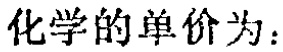
化学的单价为：